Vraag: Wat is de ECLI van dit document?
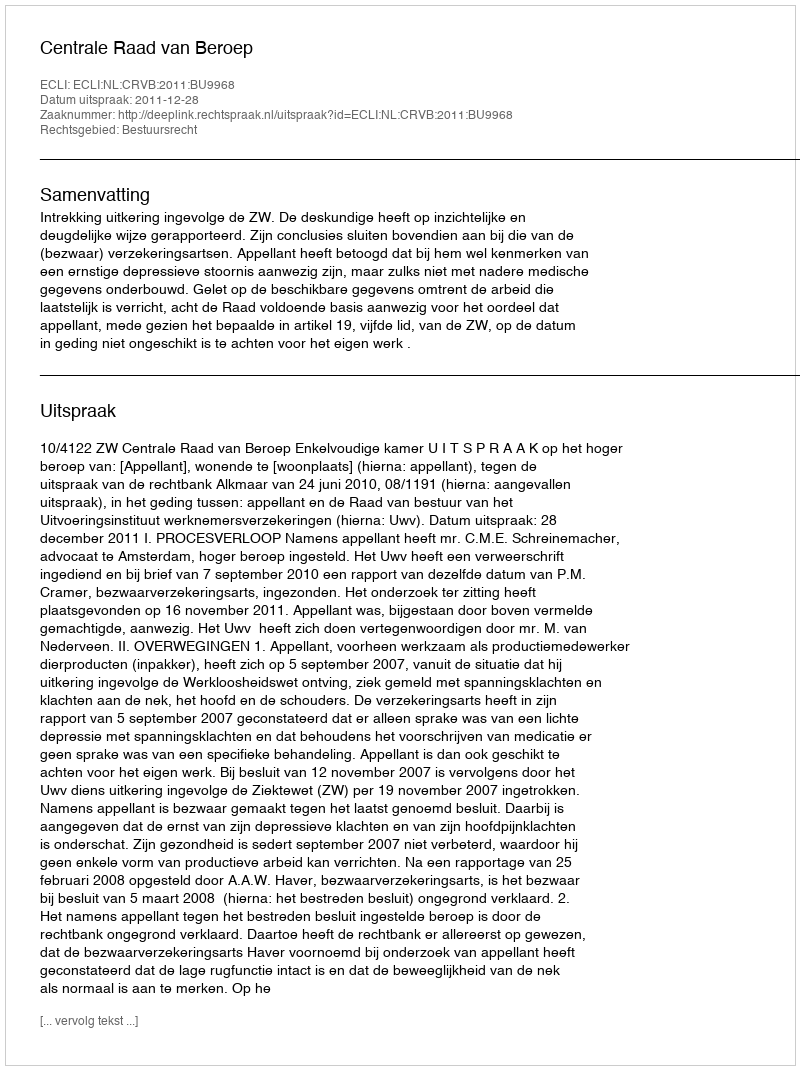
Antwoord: ECLI:NL:CRVB:2011:BU9968